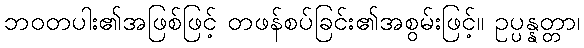
ဘဝတပါး၏အဖြစ်ဖြင့် တဖန်စပ်ခြင်း၏အစွမ်းဖြင့်။ ဥပ္ပန္နတ္တာ၊